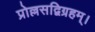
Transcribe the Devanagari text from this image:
प्रोल्लसद्विग्रहम्।